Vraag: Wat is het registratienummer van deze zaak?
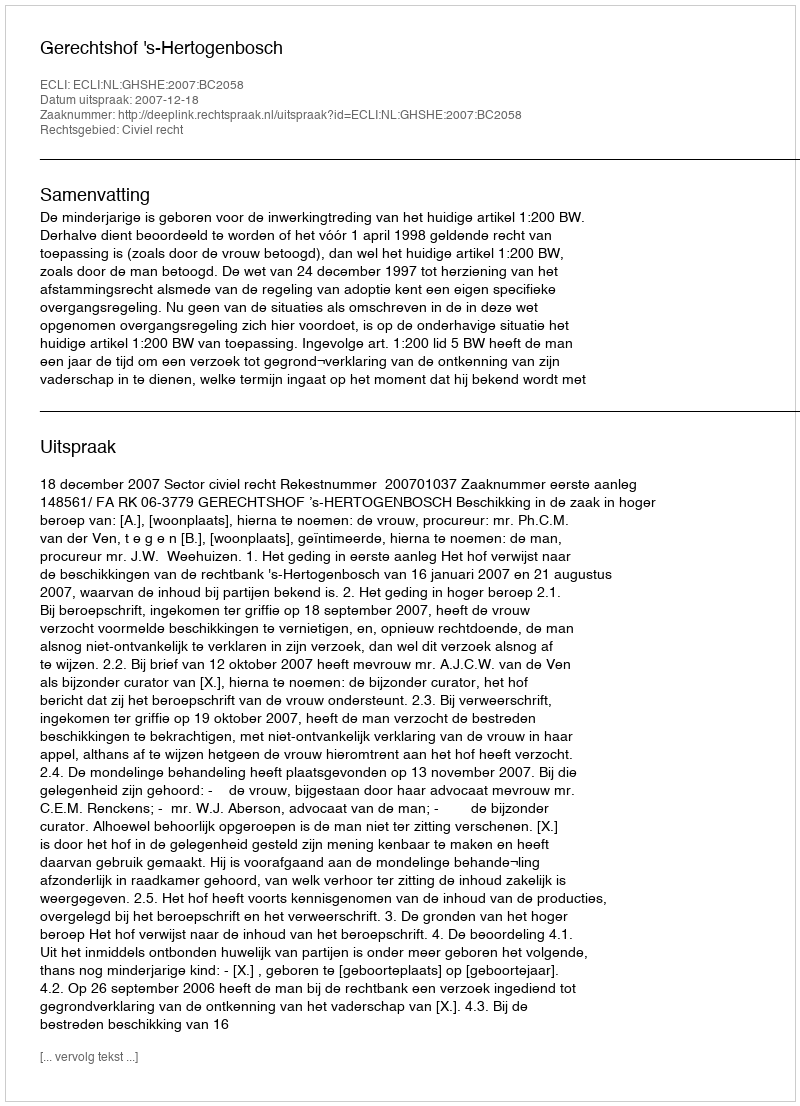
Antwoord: http://deeplink.rechtspraak.nl/uitspraak?id=ECLI:NL:GHSHE:2007:BC2058